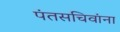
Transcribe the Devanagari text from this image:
पंतसचिवांना